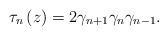
LaTeX: \begin{align*}\tau_{n}\left( z\right) =2\gamma_{n+1}\gamma_{n}\gamma_{n-1}. \end{align*}